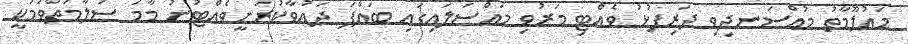
މައުލޫމާތު މުއްސަނދިވި ދަރިފުޅު ވެއްޓި މަރުވި މައްސަލައިގައި ބައްޕަ ދައުވާކުރަނީވެއްޓުނު މާމަ ސަލާމަތްވުމަކީ